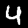
Digit: 4